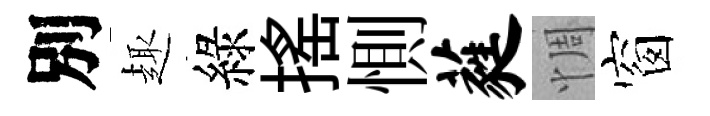
別趣綠揺惻蕤惆窗